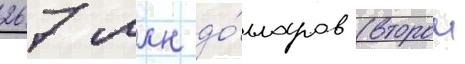
267 млн до́лларов (второи